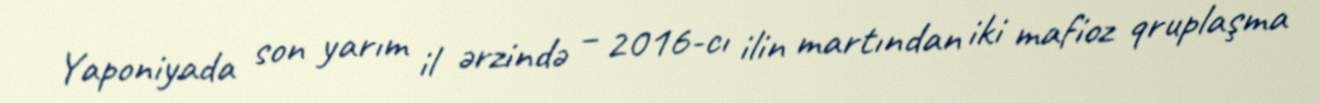
Yaponiyada son yarım il ərzində – 2016-cı ilin martından iki mafioz qruplaşma